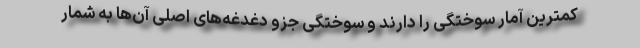
کمترین آمار سوختگی را دارند و سوختگی جزو دغدغه‌های اصلی آن‌ها به شمار